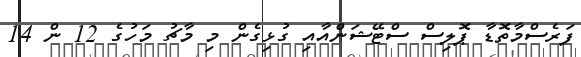
ފަރެސްމާތޮޑާ ޕޮލިސް ސްޓޭޝަންއާއި ގުޅިގެން މި މާޗު މަހުގެ 12 ން 14